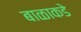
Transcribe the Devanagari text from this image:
बाळाकडे